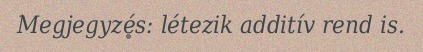
Megjegyzés: létezik additív rend is.